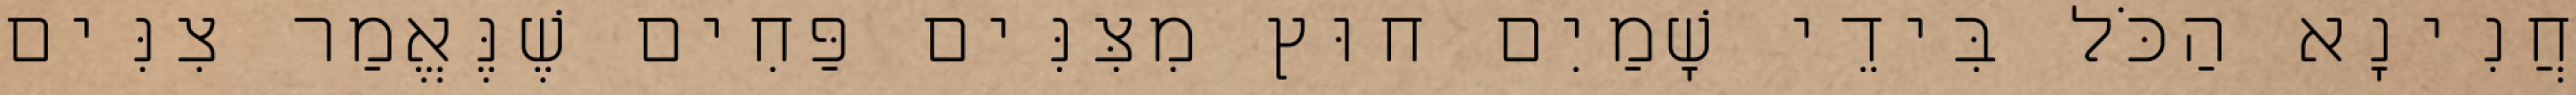
חֲנִינָא הַכֹּל בִּידֵי שָׁמַיִם חוּץ מִצִּנִּים פַּחִים שֶׁנֶּאֱמַר צִנִּים